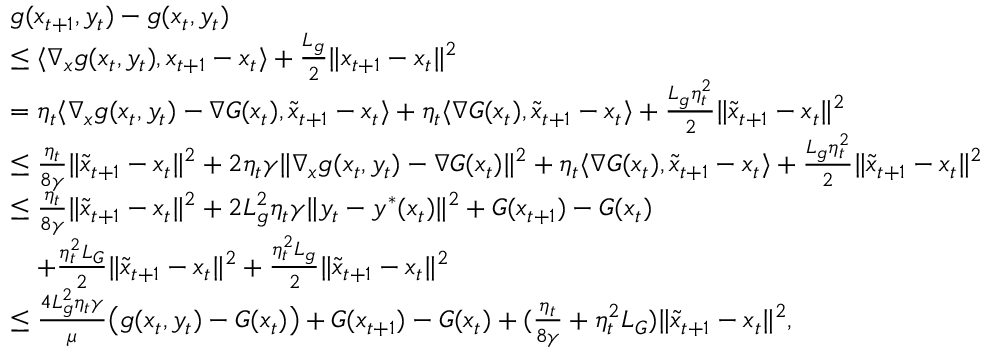
\begin{array} { r l } & { g ( x _ { t + 1 } , y _ { t } ) - g ( x _ { t } , y _ { t } ) } \\ & { \leq \langle \nabla _ { x } g ( x _ { t } , y _ { t } ) , x _ { t + 1 } - x _ { t } \rangle + \frac { L _ { g } } { 2 } \| x _ { t + 1 } - x _ { t } \| ^ { 2 } } \\ & { = \eta _ { t } \langle \nabla _ { x } g ( x _ { t } , y _ { t } ) - \nabla G ( x _ { t } ) , \tilde { x } _ { t + 1 } - x _ { t } \rangle + \eta _ { t } \langle \nabla G ( x _ { t } ) , \tilde { x } _ { t + 1 } - x _ { t } \rangle + \frac { L _ { g } \eta _ { t } ^ { 2 } } { 2 } \| \tilde { x } _ { t + 1 } - x _ { t } \| ^ { 2 } } \\ & { \leq \frac { \eta _ { t } } { 8 \gamma } \| \tilde { x } _ { t + 1 } - x _ { t } \| ^ { 2 } + 2 \eta _ { t } \gamma \| \nabla _ { x } g ( x _ { t } , y _ { t } ) - \nabla G ( x _ { t } ) \| ^ { 2 } + \eta _ { t } \langle \nabla G ( x _ { t } ) , \tilde { x } _ { t + 1 } - x _ { t } \rangle + \frac { L _ { g } \eta _ { t } ^ { 2 } } { 2 } \| \tilde { x } _ { t + 1 } - x _ { t } \| ^ { 2 } } \\ & { \leq \frac { \eta _ { t } } { 8 \gamma } \| \tilde { x } _ { t + 1 } - x _ { t } \| ^ { 2 } + 2 L _ { g } ^ { 2 } \eta _ { t } \gamma \| y _ { t } - y ^ { * } ( x _ { t } ) \| ^ { 2 } + G ( x _ { t + 1 } ) - G ( x _ { t } ) } \\ & { \quad + \frac { \eta _ { t } ^ { 2 } L _ { G } } { 2 } \| \tilde { x } _ { t + 1 } - x _ { t } \| ^ { 2 } + \frac { \eta _ { t } ^ { 2 } L _ { g } } { 2 } \| \tilde { x } _ { t + 1 } - x _ { t } \| ^ { 2 } } \\ & { \leq \frac { 4 L _ { g } ^ { 2 } \eta _ { t } \gamma } { \mu } \big ( g ( x _ { t } , y _ { t } ) - G ( x _ { t } ) \big ) + G ( x _ { t + 1 } ) - G ( x _ { t } ) + ( \frac { \eta _ { t } } { 8 \gamma } + \eta _ { t } ^ { 2 } L _ { G } ) \| \tilde { x } _ { t + 1 } - x _ { t } \| ^ { 2 } , } \end{array}